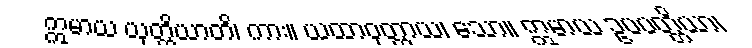
ဣမာယ ယုတ္တိယာတိ၊ ကား။ ယထာဝုတ္တာယ၊ သော။ ဣမာယ ဥပပတ္တိယာ၊